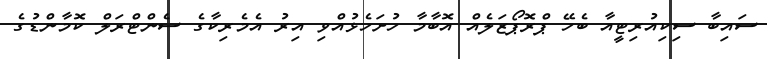
ސައިބާ ސިކިއުރިޓީއާ ބެހޭ ޕްރޮޕޯޒަލެއް އޮބާމާ ހުށަހެޅުއްވި އިރު އެމެރިކާގެ ސެންޓްރަލް ކޮމާންޑުގެ